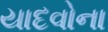
યાદવોના